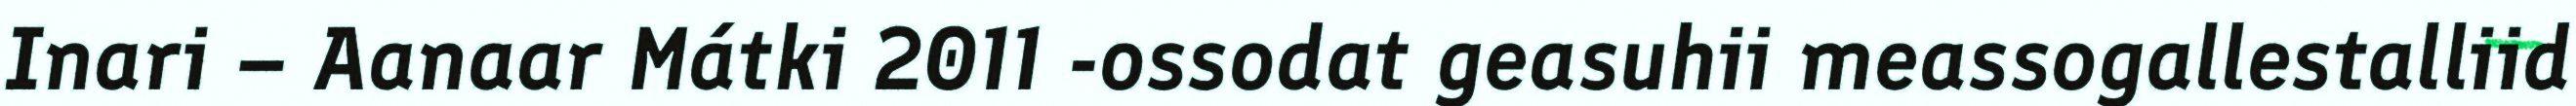
Inari – Aanaar Mátki 2011 -ossodat geasuhii meassogallestalliid